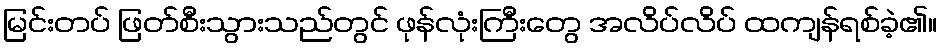
မြင်းတပ် ဖြတ်စီးသွားသည်တွင် ဖုန်လုံးကြီးတွေ အလိပ်လိပ် ထကျန်ရစ်ခဲ့၏။